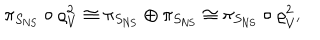
LaTeX: \pi _ { S _ { \mathrm { N S } } } \circ \varrho _ { V } ^ { 2 } \cong \pi _ { S _ { \mathrm { N S } } } \oplus \pi _ { S _ { \mathrm { N S } } } \cong \pi _ { S _ { \mathrm { N S } } } \circ \varrho _ { V ^ { \prime } } ^ { 2 }